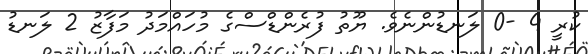
ކުރީ 4 -0 ލަނޑުންނެވެ. ޔޫތު ފުރެންޑްސްގެ މުހައްމަދު މަފާޒު 2 ލަނޑު